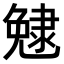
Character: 𨽺